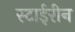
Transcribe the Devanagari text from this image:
स्टाईरीन